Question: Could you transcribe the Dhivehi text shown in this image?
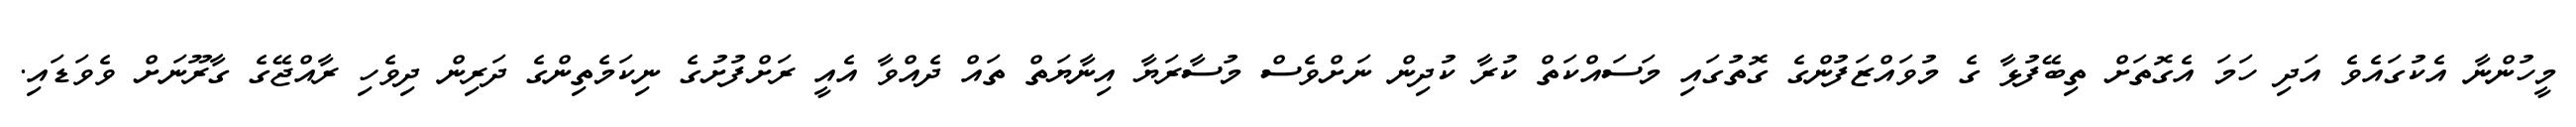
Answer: މީހުންނާ އެކުގައެވެ އަދި ހަމަ އެގޮތަށް ތިބޭފުޅާ ގެ މުވައްޒަފުންގެ ގޮތުގައި މަސައްކަތް ކުރާ ކުދިން ނަށްވެސް މުސާރަޔާ އިނާޔަތް ތައް ދެއްވާ އެއީ ރަށްފުށުގެ ނިކަމެތިންގެ ދަރިން ދިވެހި ރާއްޖޭގެ ގާރޫނަށް ވެވަޑައި.